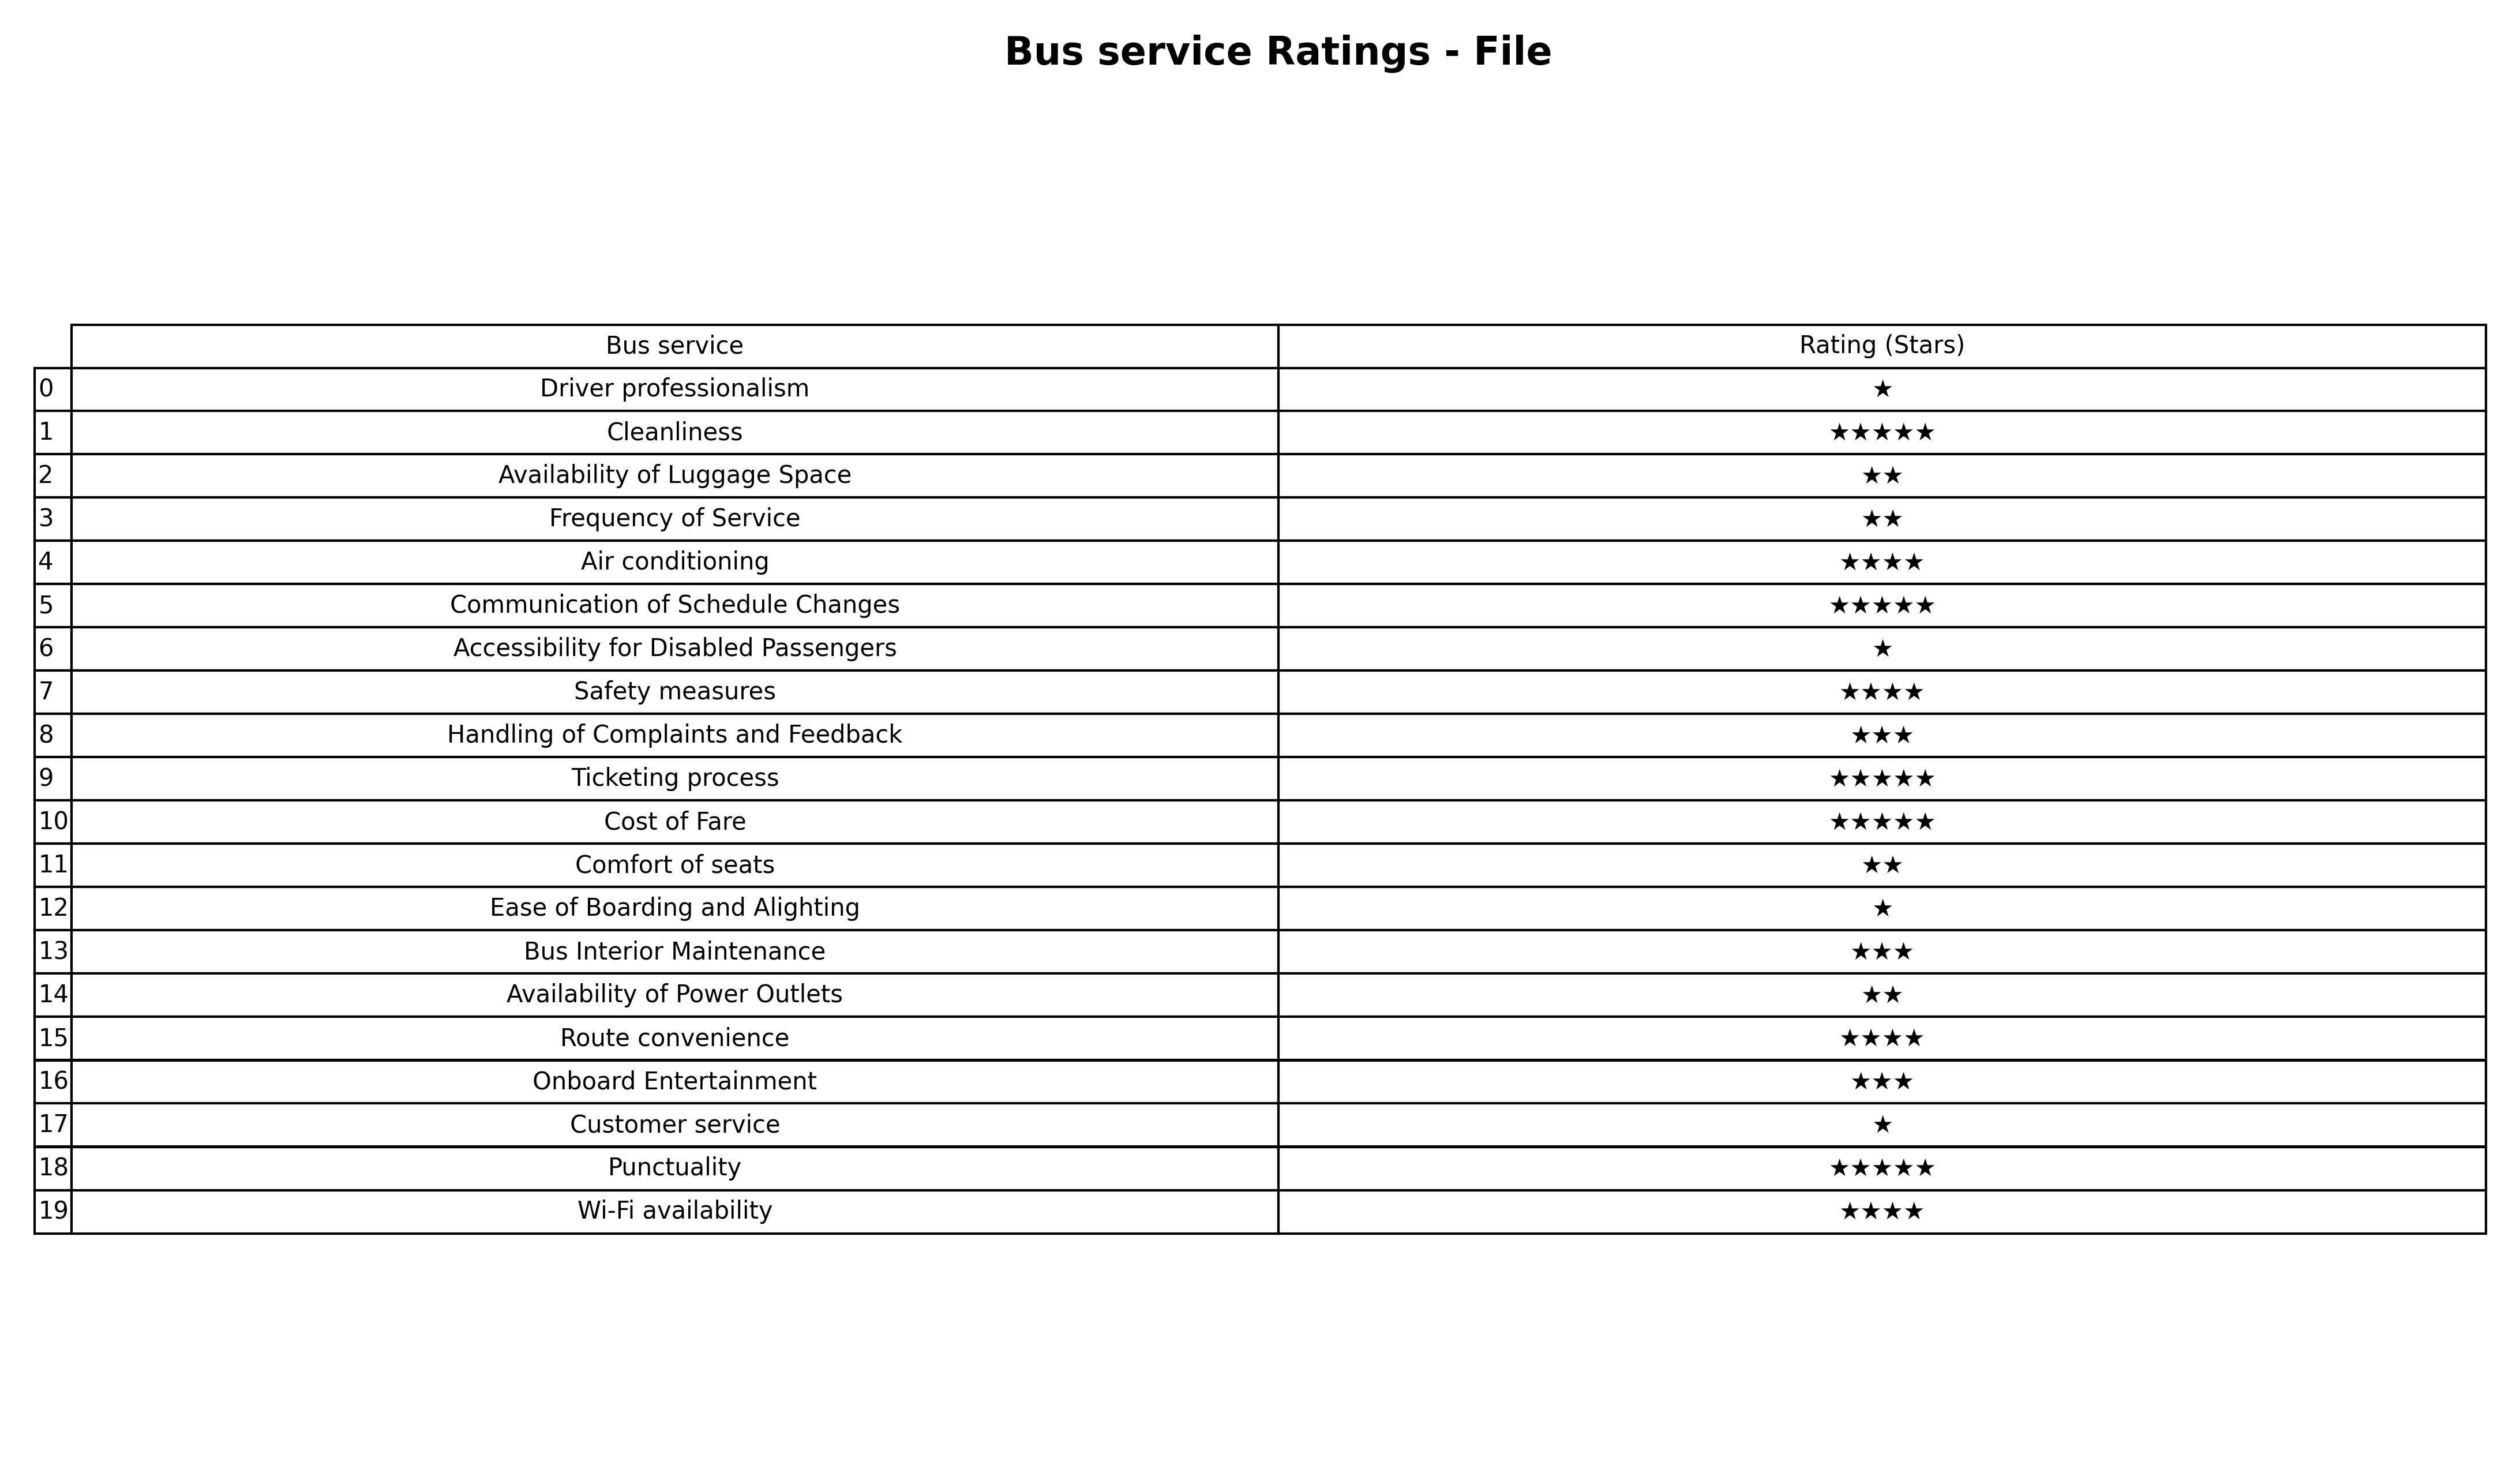
question: What is the rating of Ease of Boarding and Alighting?
answer: ★